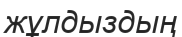
жұлдыздың